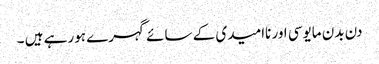
دن بدن مایوسی اور ناامیدی کے سائے گہرے ہورہے ہیں ۔